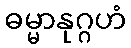
ဓမ္မာနုဂ္ဂဟံ